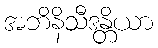
အဘိနိသီဒန္တိယာ